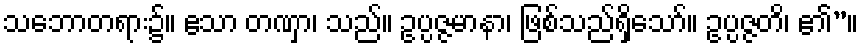
သဘောတရား၌။ ဧသာ တဏှာ၊ သည်။ ဥပ္ပဇ္ဇမာနာ၊ ဖြစ်သည်ရှိသော်။ ဥပ္ပဇ္ဇတိ၊ ၏”။